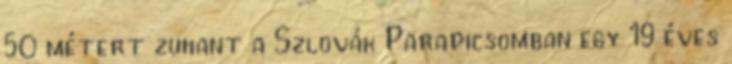
50 métert zuhant a Szlovák Paradicsomban egy 19 éves